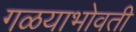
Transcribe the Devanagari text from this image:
गळयाभोवती